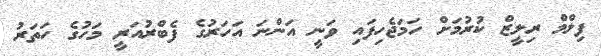
ފިލްމް ރިލީޒް ކުރުމަށް ހަމަޖެހިފައި ވަނީ އަންނަ އަހަރުގެ ފެބްރުއަރީ މަހުގެ ހަތަރު